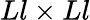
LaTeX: Ll\times Ll